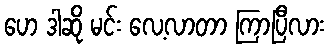
ဟေ ဒါဆို မင်း လေ့လာတာ ကြာပြီလား